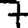
Digit: 7